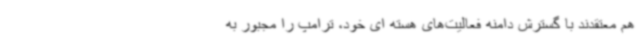
هم معتقدند با گسترش دامنه فعالیت‌های هسته ای خود، ترامپ را مجبور به